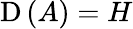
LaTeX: \operatorname{D}\left(A\right)=H